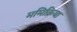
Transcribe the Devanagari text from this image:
ममिक्रिया